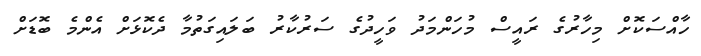
ހާއްސަކޮށް މިހާރުގެ ރައީސް މުހަންމަދު ވަހީދުގެ ސަރުކާރު ބަލައިގަތުމާ ދެކޮޅަށް އެންމެ ބޮޑަށް